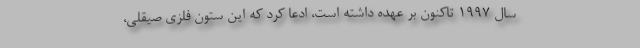
سال ۱۹۹۷ تاکنون بر عهده داشته است، ادعا کرد که این ستون فلزی صیقلی،